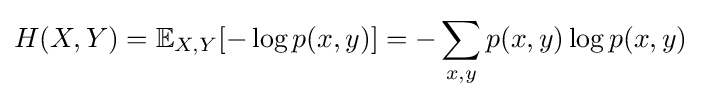
H(X,Y)=\mathbb {E} _{X,Y}[-\log p(x,y)]=-\sum _{x,y}p(x,y)\log p(x,y)